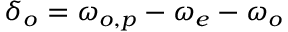
\delta _ { o } = \omega _ { o , p } - \omega _ { e } - \omega _ { o }